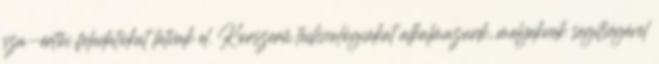
sza-értői feladatokat látnak el. Korszerű technológiákat alkalmazunk, melyeknek segítségével